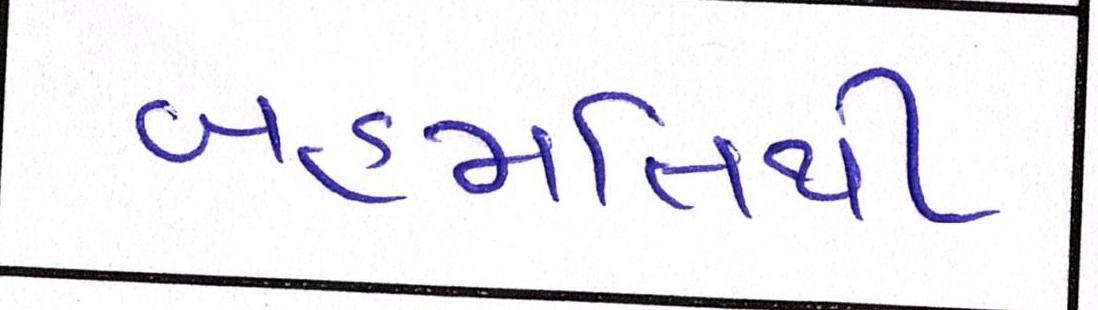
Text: બહમતિથી